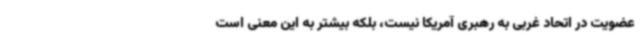
عضویت در اتحاد غربی به رهبری آمریکا نیست، بلکه بیشتر به این معنی است